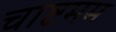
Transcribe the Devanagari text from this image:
चाष्टमम